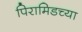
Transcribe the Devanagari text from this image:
पिरामिडच्या